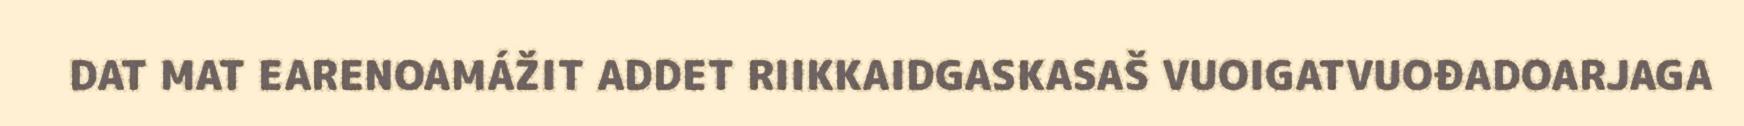
DAT MAT EARENOAMÁŽIT ADDET RIIKKAIDGASKASAŠ VUOIGATVUOĐADOARJAGA